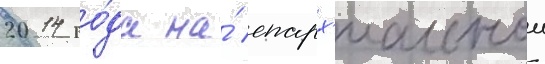
2014 го́да на́ епарх'иальнои